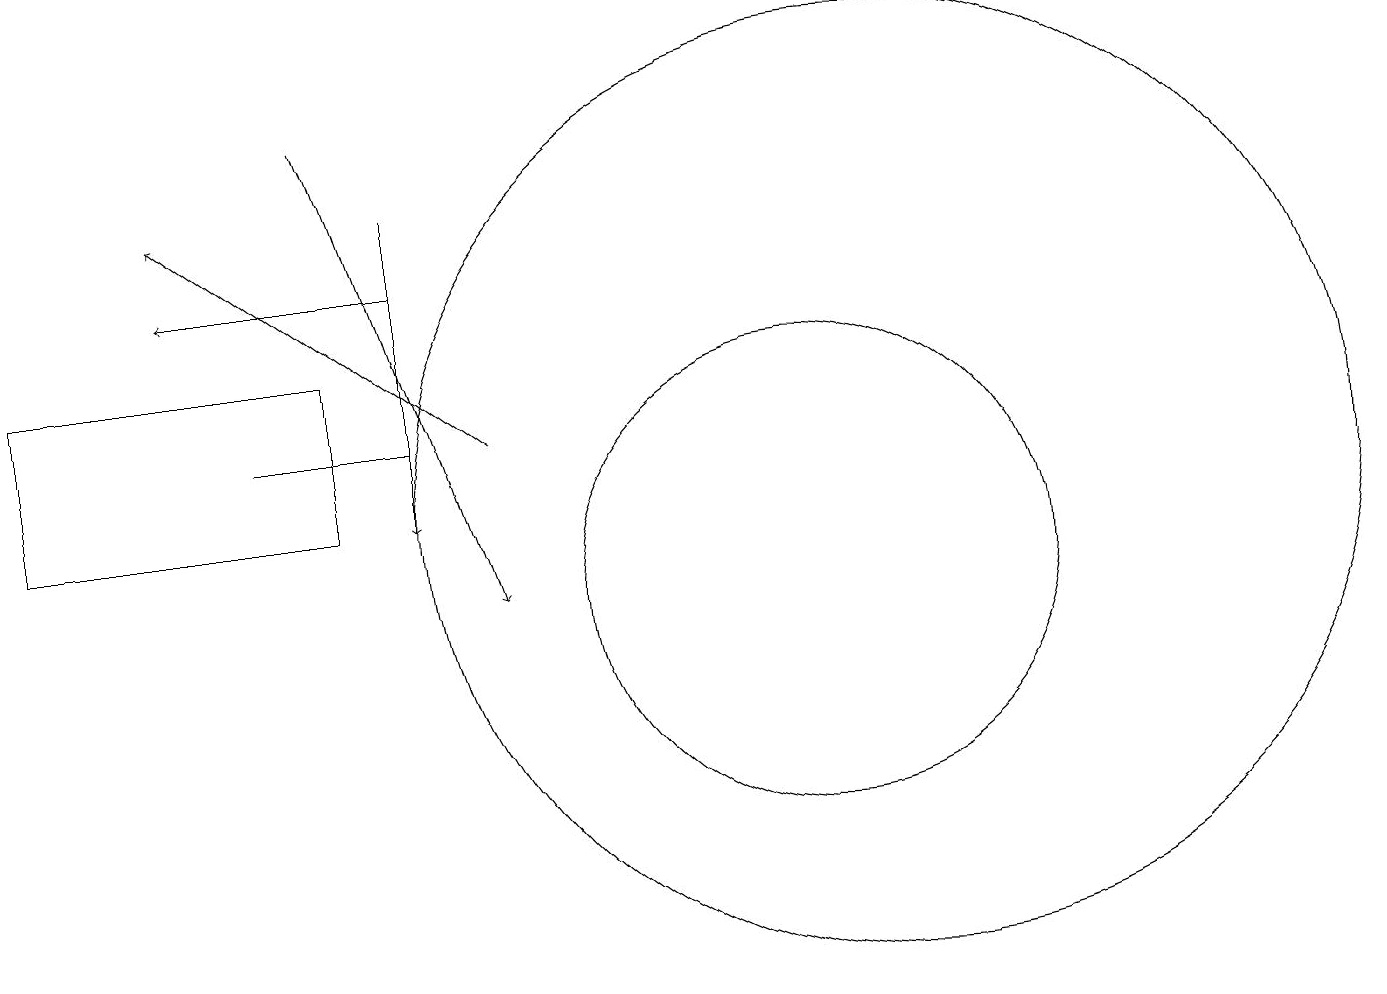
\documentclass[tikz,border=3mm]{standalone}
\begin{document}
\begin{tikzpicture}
\draw (11,10) circle (3);
\draw[->] (7,12) -- (3,15);
\draw[->] (5,16) -- (7,10);
\draw[->] (6,15) -- (6,11);
\draw (4,12) rectangle (6,12);
\draw[->] (6,14) -- (3,14);
\draw (12,11) circle (6);
\draw (1,13) rectangle (5,11);
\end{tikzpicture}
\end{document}